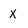
Character: x